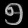
Digit: ၅